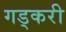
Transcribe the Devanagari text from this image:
गड्करी